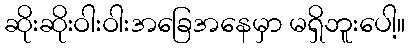
ဆိုးဆိုးဝါးဝါးအခြေအနေမှာ မရှိဘူးပေါ့။